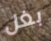
بغل